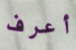
أعرف